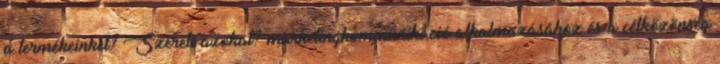
a termékeinket? Szereti azokat? marketingkommunikáció alkalmazásához és a célközönség